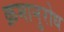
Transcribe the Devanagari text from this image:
क्रमानुरोध